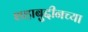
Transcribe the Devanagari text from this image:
शहाबुद्दीनच्या